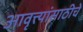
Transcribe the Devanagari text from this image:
आवृत्त्यांसाठीचे